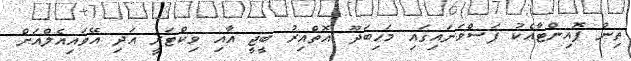
ތިން ޕޮއިންޓާއެކު ފަސްވަނައިގައި މަހިބަދޫ އޮތްއިރު ބީޖީ އާއި ވިކްޓަރީ އަދި އޭވައިއެލްއަށް